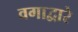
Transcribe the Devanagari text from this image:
वगाद्वारे